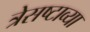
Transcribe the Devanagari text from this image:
त्रेसष्टाव्या